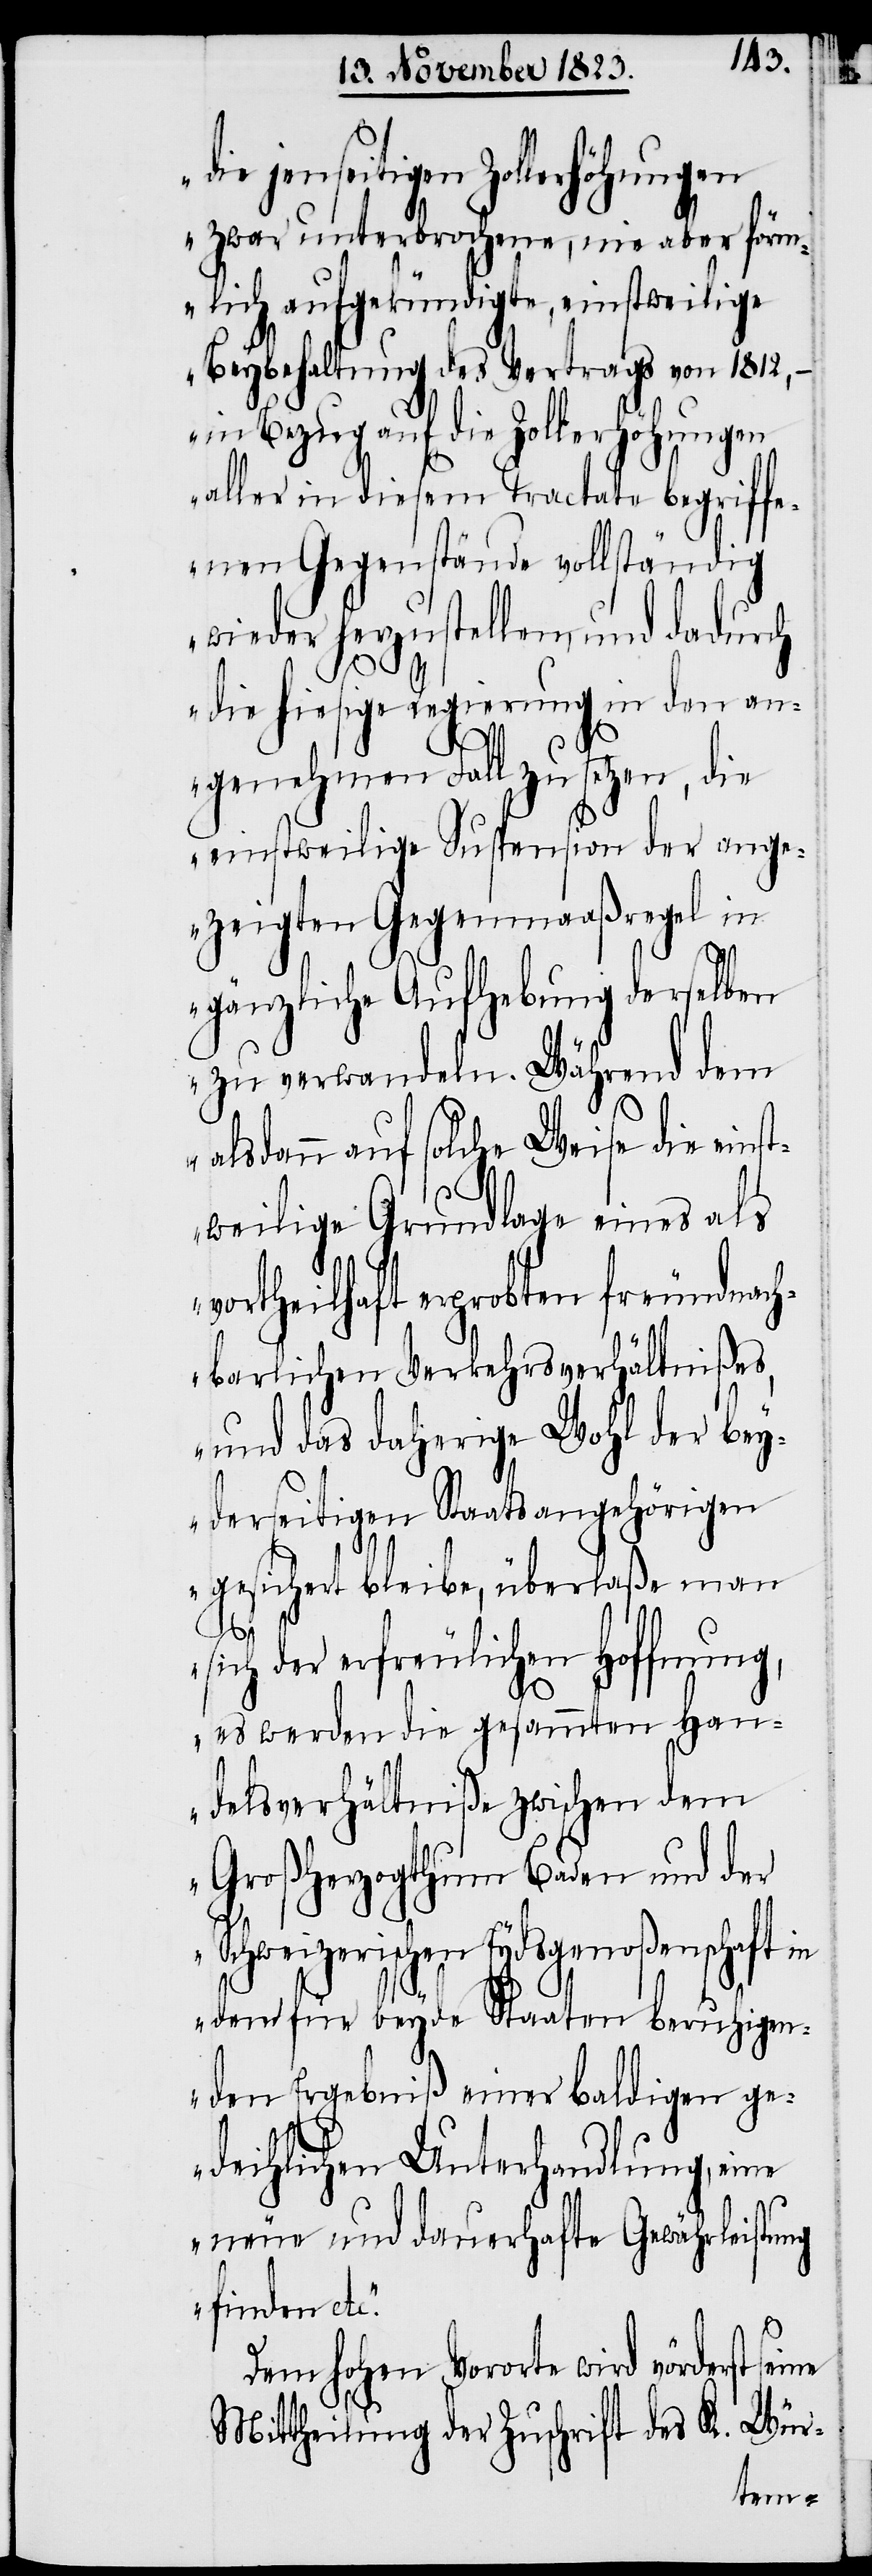
die jenseitigen Zollerhöhungen
zwar unterbrochene, nie aber förm¬
lich aufgekündigte, einstweilige
Beybehaltung des Vertrags von 1812,
in Bezug auf die Zollerhöhungen
aller in diesem Tractate begriffe¬
nen Gegenstände vollständig
wieder herzustellen, und dadurch
die hiesige Regierung in den an¬
genehmen Fall zu setzen,
einstweilige Suspension der ange¬
zeigten Gegenmaaßregel in
gänzliche Aufhebung derselben
zu verwandeln. Während dem
alsdann auf solche Weise die eins¬
tweilige Grundlage eines als
vortheilhaft erprobten freundnach¬
barlichen Verkehrsverhältnißes,
und das daherige Wohl der bey¬
derseitigen Staatsangehörigen
gesichert bleibe, überlaße man
sich der erfreulichen Hoffnung,
es werden die gesammten Han¬
delsverhältniße zwischen dem
Großherzogthum Baden und der
Schweizerischen Eydsgenoßenschaft in
dem für beyde Staaten beruhigen¬
den Ergebniß einer baldigen ge¬
deihlichen Unterhandlung, eine
neue und dauerhafte Gewährleistung
finden etc.“
Dem hohen Vororte wird vörderst
Mittheilung der Zuschrift des K. Wür-